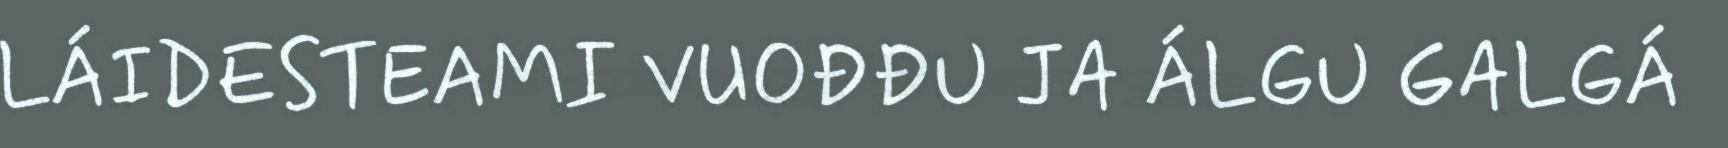
LÁIDESTEAMI VUOĐĐU JA ÁLGU GALGÁ